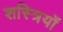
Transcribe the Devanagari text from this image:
शस्त्रियों